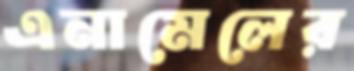
এনামেলের